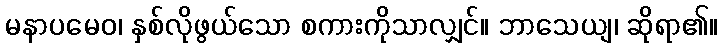
မနာပမေဝ၊ နှစ်လိုဖွယ်သော စကားကိုသာလျှင်။ ဘာသေယျ၊ ဆိုရာ၏။